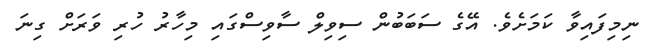
ނިމިފައިވާ ކަމަށެވެ. އޭގެ ސަބަބުން ސިވިލް ސާވިސްގައި މިހާރު ހުރި ވަރަށް ގިނަ